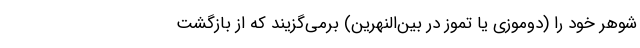
شوهر خود را (دوموزی یا تَموز در بین‌النهرین) برمی‌گزیند که از بازگشت